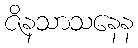
ဇိနသာသနေန